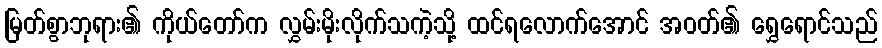
မြတ်စွာဘုရား၏ ကိုယ်တော်က လွှမ်းမိုးလိုက်သကဲ့သို့ ထင်ရလောက်အောင် အဝတ်၏ ရွှေရောင်သည်